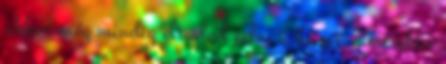
akkor még mindig eltudod adni a házat, ami akár